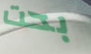
بحت